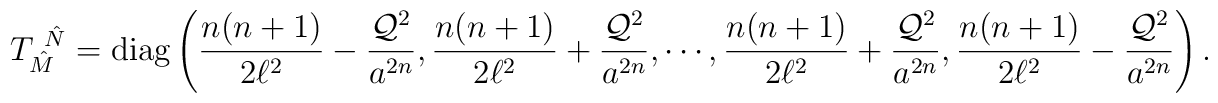
T_{\hat M}^{~\hat N} ={\rm diag}\left (\frac{n(n+1)}{2\ell^2}  -\frac{{\cal Q}^2}{a^{2n}}, \frac{n(n+1)}{2\ell^2} +\frac{{\cal Q}^2}{a^{2n}},   \cdots, \frac{n(n+1)}{2\ell^2} +\frac{{\cal Q}^2}{a^{2n}},   \frac{n(n+1)}{2\ell^2}-\frac{{\cal Q}^2}{a^{2n}} \right).